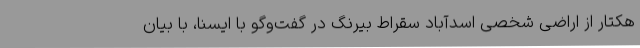
هکتار از اراضی شخصی اسدآباد سقراط بیرنگ در گفت‌وگو با ایسنا، با بیان